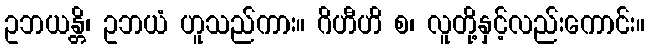
ဥဘယန္တိ၊ ဥဘယံ ဟူသည်ကား။ ဂိဟီဟိ စ၊ လူတို့နှင့်လည်းကောင်း။